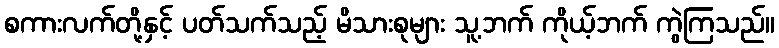
စကားလက်တို့နှင့် ပတ်သက်သည့် မိသားစုများ သူ့ဘက် ကိုယ့်ဘက် ကွဲကြသည်။